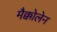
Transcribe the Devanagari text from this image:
मैक्कोलेन